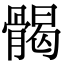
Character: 𩩲